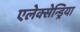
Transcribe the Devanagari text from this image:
एलेक्सेन्ड्रिया